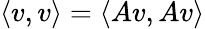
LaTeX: \langle v,v\rangle=\langle Av,Av\rangle